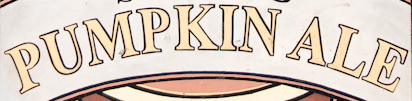
PUNPKIN ALE